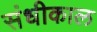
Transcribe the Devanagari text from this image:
संधीकाल